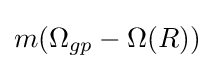
m(\Omega _{gp}-\Omega (R))